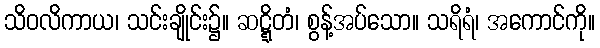
သိဝလိကာယ၊ သင်းချိုင်း၌။ ဆဋ္ဋိတံ၊ စွန့်အပ်သော။ သရိရံ၊ အကောင်ကို။